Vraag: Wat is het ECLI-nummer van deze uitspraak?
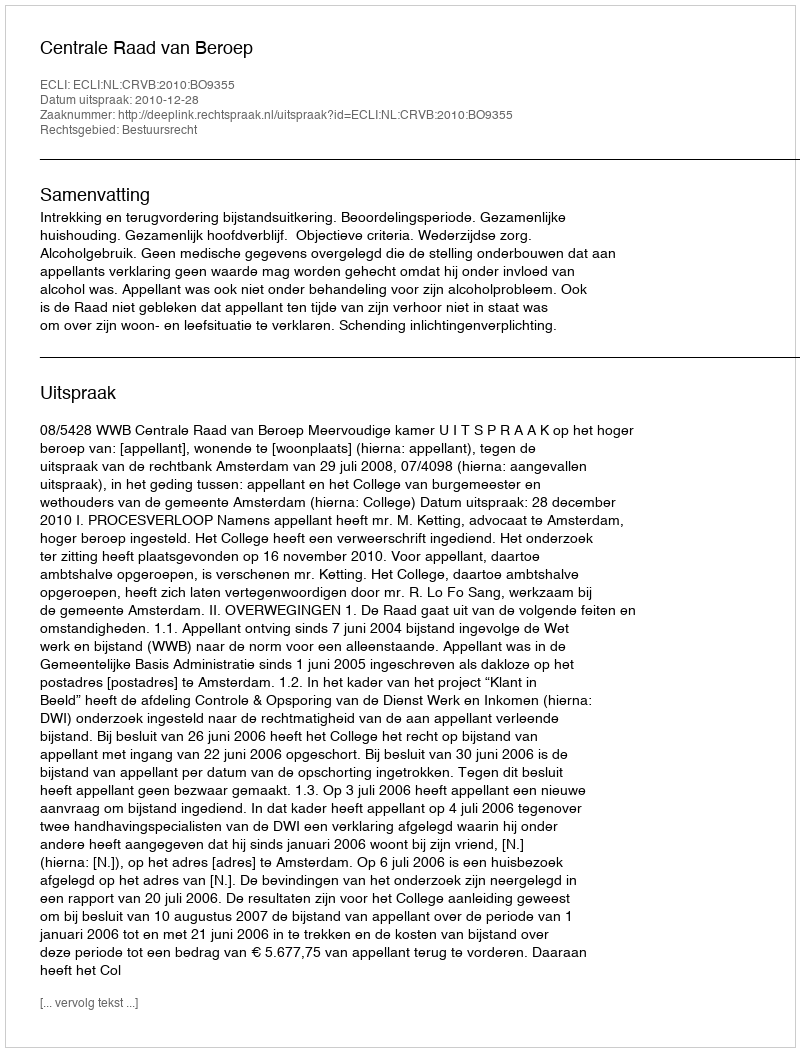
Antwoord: ECLI:NL:CRVB:2010:BO9355